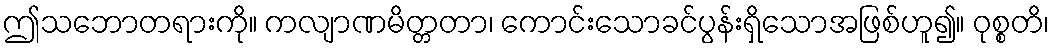
ဤသဘောတရားကို။ ကလျာဏမိတ္တတာ၊ ကောင်းသောခင်ပွန်းရှိသောအဖြစ်ဟူ၍။ ဝုစ္စတိ၊